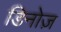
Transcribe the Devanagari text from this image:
डिनोज़